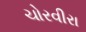
ચોરવીરા